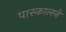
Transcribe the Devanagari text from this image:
पास्कालने